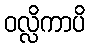
ဝလ္လိကာပိ